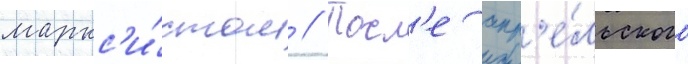
маркс'и́стом // Посл'е апр'е́льского